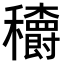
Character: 𥤏